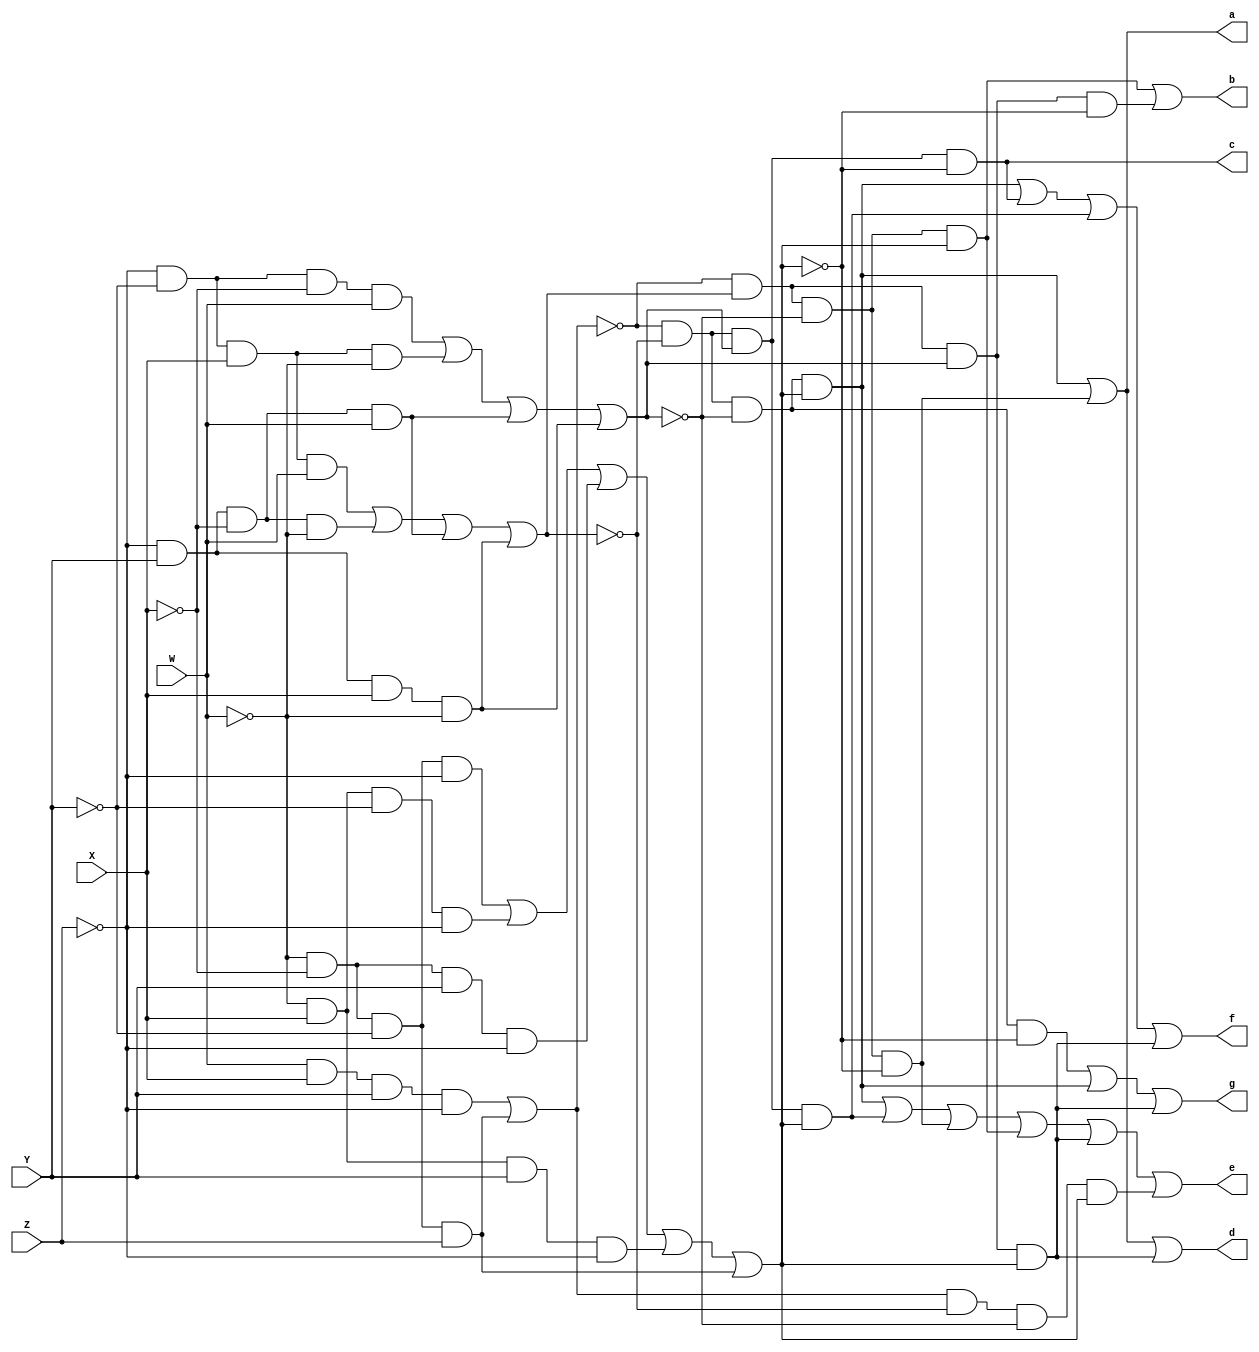
module incdec(a,b,c,d,e,f,g,W,X,Y,Z);
output wire a,b,c,d,e,f,g;
input wire W,X,Y,Z;

reg A,B,C,D;

always @(*)
    begin 

    D = (W&X&Y&(!Z))|((!W)&(!X)&(!Y)&Z);//Boolean function for D
    C=((!Z)&(!Y)&(X)&W)|((!Z)&(Y)&!X&(!W))|((!Z)&Y&(!X)&W)|((!Z)&Y&X&(!W));
    B=((!Z)&(!Y)&!X&W)|((!Z)&!Y&(X)&(!W))|((!Z)&Y&(!X)&W)|((!Z)&Y&X&(!W));
    A = ((!W)&(!X)&(!Y)&(!Z))|((!W)&(X)&(!Y)&(!Z))|((!W)&(!X)&Y&(!Z))|((!W)&X&Y&(!Z))|((!W)&(!X)&(!Y)&(Z));

    
    a=(!D&!C&!B&A)|(!D&C&!B&!A);
    b=(!D&C&!B&A)|(!D&C&B&!A);
    c=(!D&!C&B&!A);
    d=(!D&!C&!B&A)|(!D&C&!B&!A)|(!D&C&B&A);
    e=(!D&!C&!B&A)|(!D&!C&B&A)|(!D&C&!B&!A)|(!D&C&!B&A)|(!D&C&B&A)|(D&!C&!B&A);
    f=(!D&!C&!B&A)|(!D&!C&B&!A)|(!D&!C&B&A)|(!D&C&B&A);
    g=(!D&!C&!B&!A)|(!D&!C&!B&A)|(!D&C&B&A);
    
    end
endmodule